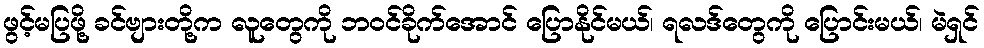
ဖွင့်မပြဖို့ ခင်ဗျားတို့က လူတွေကို ဘဝင်ခိုက်အောင် ပြောနိုင်မယ်၊ ရလဒ်တွေကို ပြောင်းမယ်၊ မဲရှင်